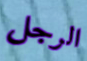
الرجل